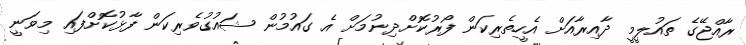
ރާއްޖޭގެ ތައުލީމީ ދާއިރާއަށް އެހީތެރިކަން ފޯރުކޮށްދިނުމަށް އެ ގައުމުން ޝައުގުވެރިކަން ފާޅުކޮށްފައި މިވަނީ